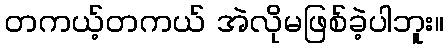
တကယ့်တကယ် အဲလိုမဖြစ်ခဲ့ပါဘူး။